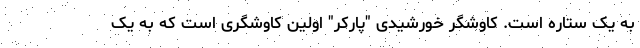
به یک ستاره است. کاوشگر خورشیدی "پارکر" اولین کاوشگری است که به یک